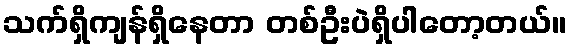
သက်ရှိကျန်ရှိနေတာ တစ်ဦးပဲရှိပါတော့တယ်။